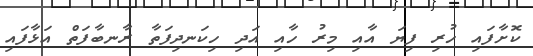
ކޮށާފައި ހުރި ފިޔަ އާއި މިރު ހާއި އަދި ހިކަނދިފަތާ ރާނބާފަތް އަޅާފައި